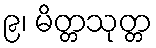
၉၊ မိတ္တသုတ္တ